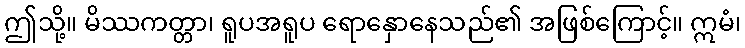
ဤသို့။ မိဿကတ္တာ၊ ရူပအရူပ ရောနှောနေသည်၏ အဖြစ်ကြောင့်။ ဣမံ၊